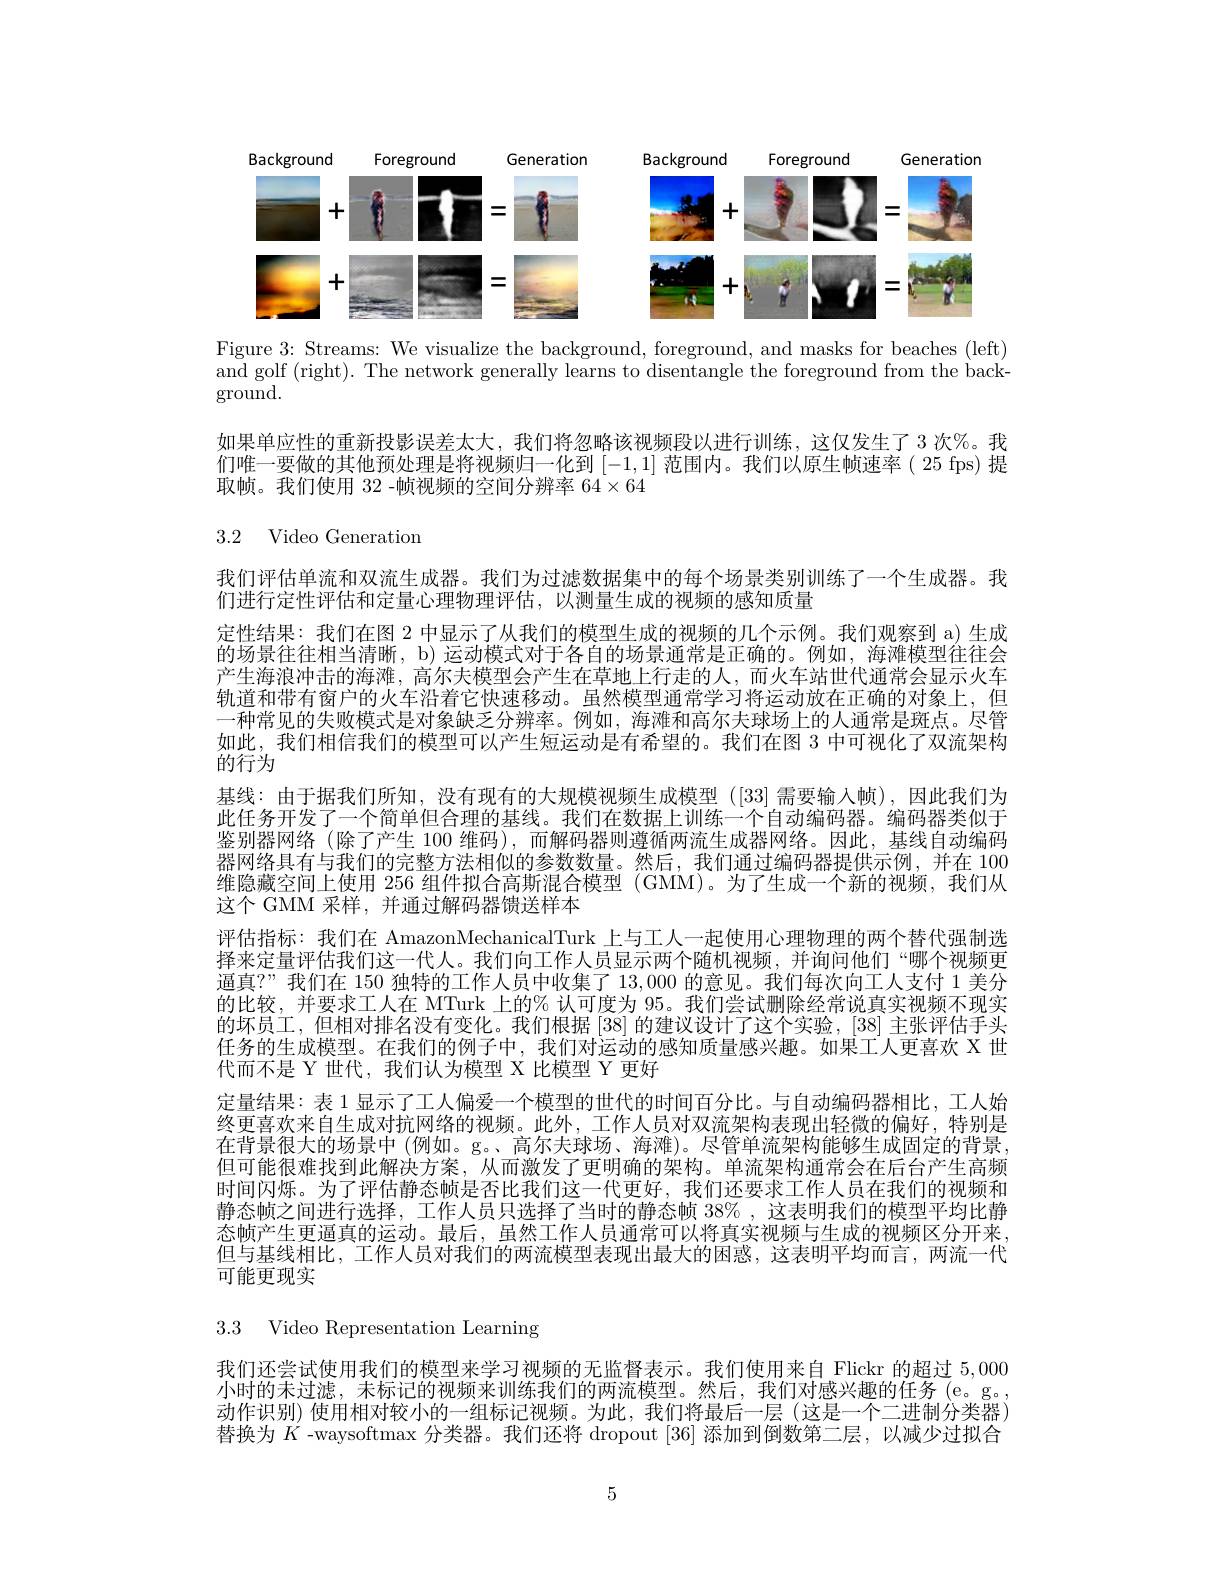
<FigureHere>

Figure 3: Streams: We visualize the background, foreground, and masks for beaches (left) and golf (right). The network generally learns to disentangle the foreground from the background.

如果单应性的重新投影误差太大，我们将忽略该视频段以进行训练，这仅发生了3次%。我们唯一要做的其他预处理是将视频归一化到[-1,1]范围内。我们以原生帧速率(25 fps)提取帧。我们使用 32 -帧视频的空间分辨率$64\times64$

3.2 Video Generation

我们评估单流和双流生成器。我们为过滤数据集中的每个场景类别训练了一个生成器。我
们进行定性评估和定量心理物理评估，以测量生成的视频的感知质量
定性结果：我们在图 2 中显示了从我们的模型生成的视频的几个示例。我们观察到 a)生成的场景往往相当清晰，b) 运动模式对于各自的场景通常是正确的。例如，海滩模型往往会产生海浪冲击的海滩，高尔夫模型会产生在草地上行走的人，而火车站世代通常会显示火车轨道和带有窗户的火车沿着它快速移动。虽然模型通常学习将运动放在正确的对象上，但一种常见的失败模式是对象缺乏分辨率。例如，海滩和高尔夫球场上的人通常是斑点。尽管如此，我们相信我们的模型可以产生短运动是有希望的。我们在图 3 中可视化了双流架构的行为
基线：由于据我们所知，没有现有的大规模视频生成模型([33]需要输入帧),因此我们为此任务开发了一个简单但合理的基线。我们在数据上训练一个自动编码器。编码器类似于鉴别器网络 (除了产生 100 维码),而解码器则遵循两流生成器网络。因此，基线自动编码器网络具有与我们的完整方法相似的参数数量。然后，我们通过编码器提供示例，并在 100维隐藏空间上使用 256 组件拟合高斯混合模型 (GMM)。为了生成一个新的视频，我们从这个 GMM 采样，并通过解码器馈送样本
评估指标：我们在 AmazonMechanicalTurk 上与工人一起使用心理物理的两个替代强制选择来定量评估我们这一代人。我们向工作人员显示两个随机视频，并询问他们“哪个视频更逼真？”我们在 150 独特的工作人员中收集了 13,000 的意见。我们每次向工人支付 1 美分的比较，并要求工人在 MTurk 上的% 认可度为 95。我们尝试删除经常说真实视频不现实的坏员工，但相对排名没有变化。我们根据[38]的建议设计了这个实验，[38] 主张评估手头任务的生成模型。在我们的例子中，我们对运动的感知质量感兴趣。如果工人更喜欢 X 世代而不是 Y 世代，我们认为模型 X 比模型 Y 更好
定量结果：表 1 显示了工人偏爱一个模型的世代的时间百分比。与自动编码器相比，工人始终更喜欢来自生成对抗网络的视频。此外，工作人员对双流架构表现出轻微的偏好，特别是在背景很大的场景中 (例如。g。、高尔夫球场、海滩)。尽管单流架构能够生成固定的背景， 但可能很难找到此解决方案，从而激发了更明确的架构。单流架构通常会在后台产生高频时间闪烁。为了评估静态帧是否比我们这一代更好，我们还要求工作人员在我们的视频和静态帧之间进行选择，工作人员只选择了当时的静态帧 38%,这表明我们的模型平均比静态帧产生更逼真的运动。最后，虽然工作人员通常可以将真实视频与生成的视频区分开来但与基线相比，工作人员对我们的两流模型表现出最大的困惑，这表明平均而言，两流一代可能更现实
3.3 Video Representation Learning

我们还尝试使用我们的模型来学习视频的无监督表示。我们使用来自 Flickr 的超过5，000小时的未过滤，未标记的视频来训练我们的两流模型。然后，我们对感兴趣的任务(e。g。, 动作识别)使用相对较小的一组标记视频。为此，我们将最后一层(这是一个二进制分类器) 替换为$K$ -waysoftmax 分类器。我们还将 dropout [36] 添加到倒数第二层，以减少过拟合

5